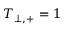
T _ { \perp , + } = 1